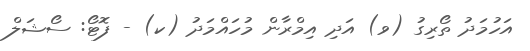
އަހުމަދު ތޯރިގު (ވ) އަދި އިމްރާން މުހައްމަދު (ކ) - ފޮޓޯ: ސޯޝަލް